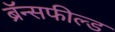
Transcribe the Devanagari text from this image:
ब्रॅन्सफील्ड